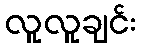
လူလူချင်း